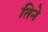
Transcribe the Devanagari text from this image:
तिनेे